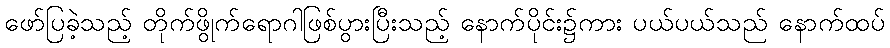
ဖော်ပြခဲ့သည့် တိုက်ဖွိုက်ရောဂါဖြစ်ပွားပြီးသည့် နောက်ပိုင်း၌ကား ပယ်ပယ်သည် နောက်ထပ်